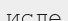
исле